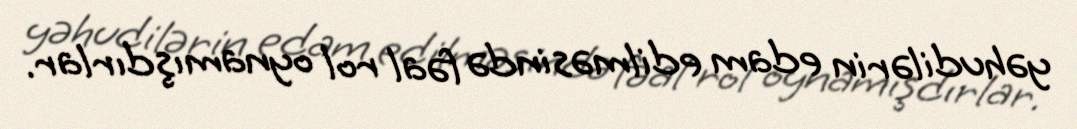
yəhudilərin edam edilməsində fəal rol oynamışdırlar.